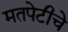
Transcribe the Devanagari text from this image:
मतपेटीचे